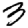
Digit: 3